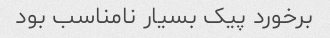
برخورد پیک بسیار نامناسب بود